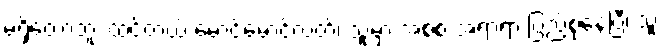
မရှိတော့ဘူး ထင်တယ် မောင်မောင်လတ်၊ သူ့မှာ အစစ အရာရာ ပြည့်စုံနေပြီ၊ သူ